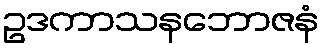
ဥဒကာသနဘောဇနံ